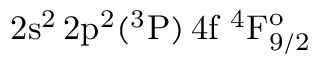
\mathrm { 2 s ^ { 2 } \, 2 p ^ { 2 } ( ^ { 3 } P ) \, 4 f ~ ^ { 4 } F _ { 9 / 2 } ^ { o } }